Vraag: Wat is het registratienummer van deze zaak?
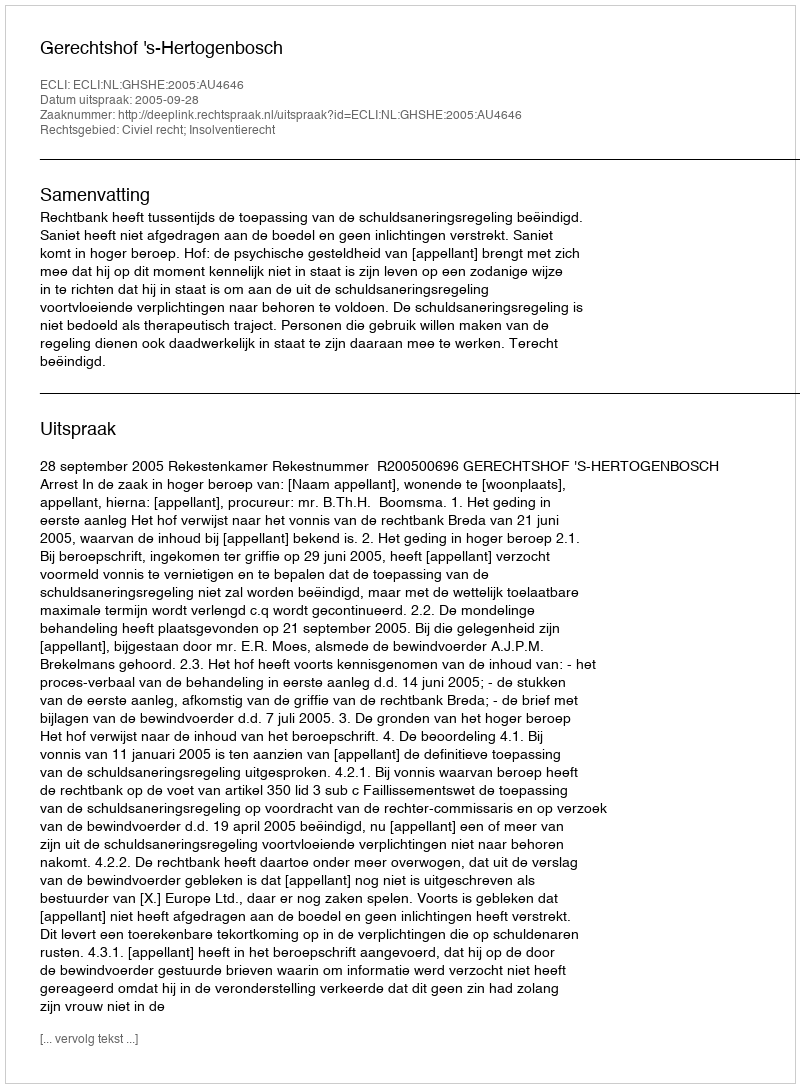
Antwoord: http://deeplink.rechtspraak.nl/uitspraak?id=ECLI:NL:GHSHE:2005:AU4646